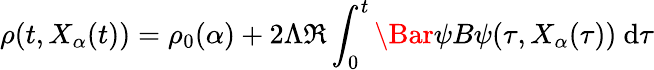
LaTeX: \rho(t,X_{\alpha}(t))=\rho_{0}(\alpha)+2\Lambda\Re\int_{0}^{t}\Bar{\psi}B\psi(\tau,X_{\alpha}(\tau))\ \mathrm{d}\tau